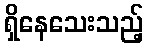
ရှိနေသေးသည့်